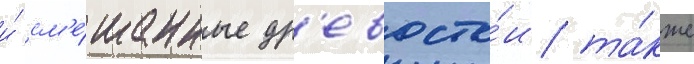
и́ см'е́шанные др'евосто́и та́кже